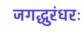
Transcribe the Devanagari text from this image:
जगद्धुरंधरः